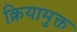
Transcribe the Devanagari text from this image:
क्रियामुक्त